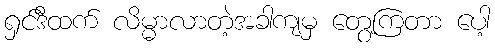
ရှင်ဒီထက် လိမ္မာလာတဲ့အခါကျမှ တွေ့ကြတာ ပေါ့